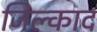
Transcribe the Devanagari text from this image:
जिल्काद